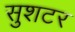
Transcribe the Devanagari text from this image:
सुशटर